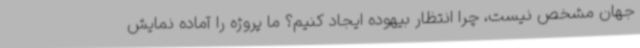
جهان مشخص نیست، چرا انتظار بیهوده ایجاد کنیم؟ ما پروژه را آماده نمایش